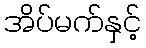
အိပ်မက်နှင့်